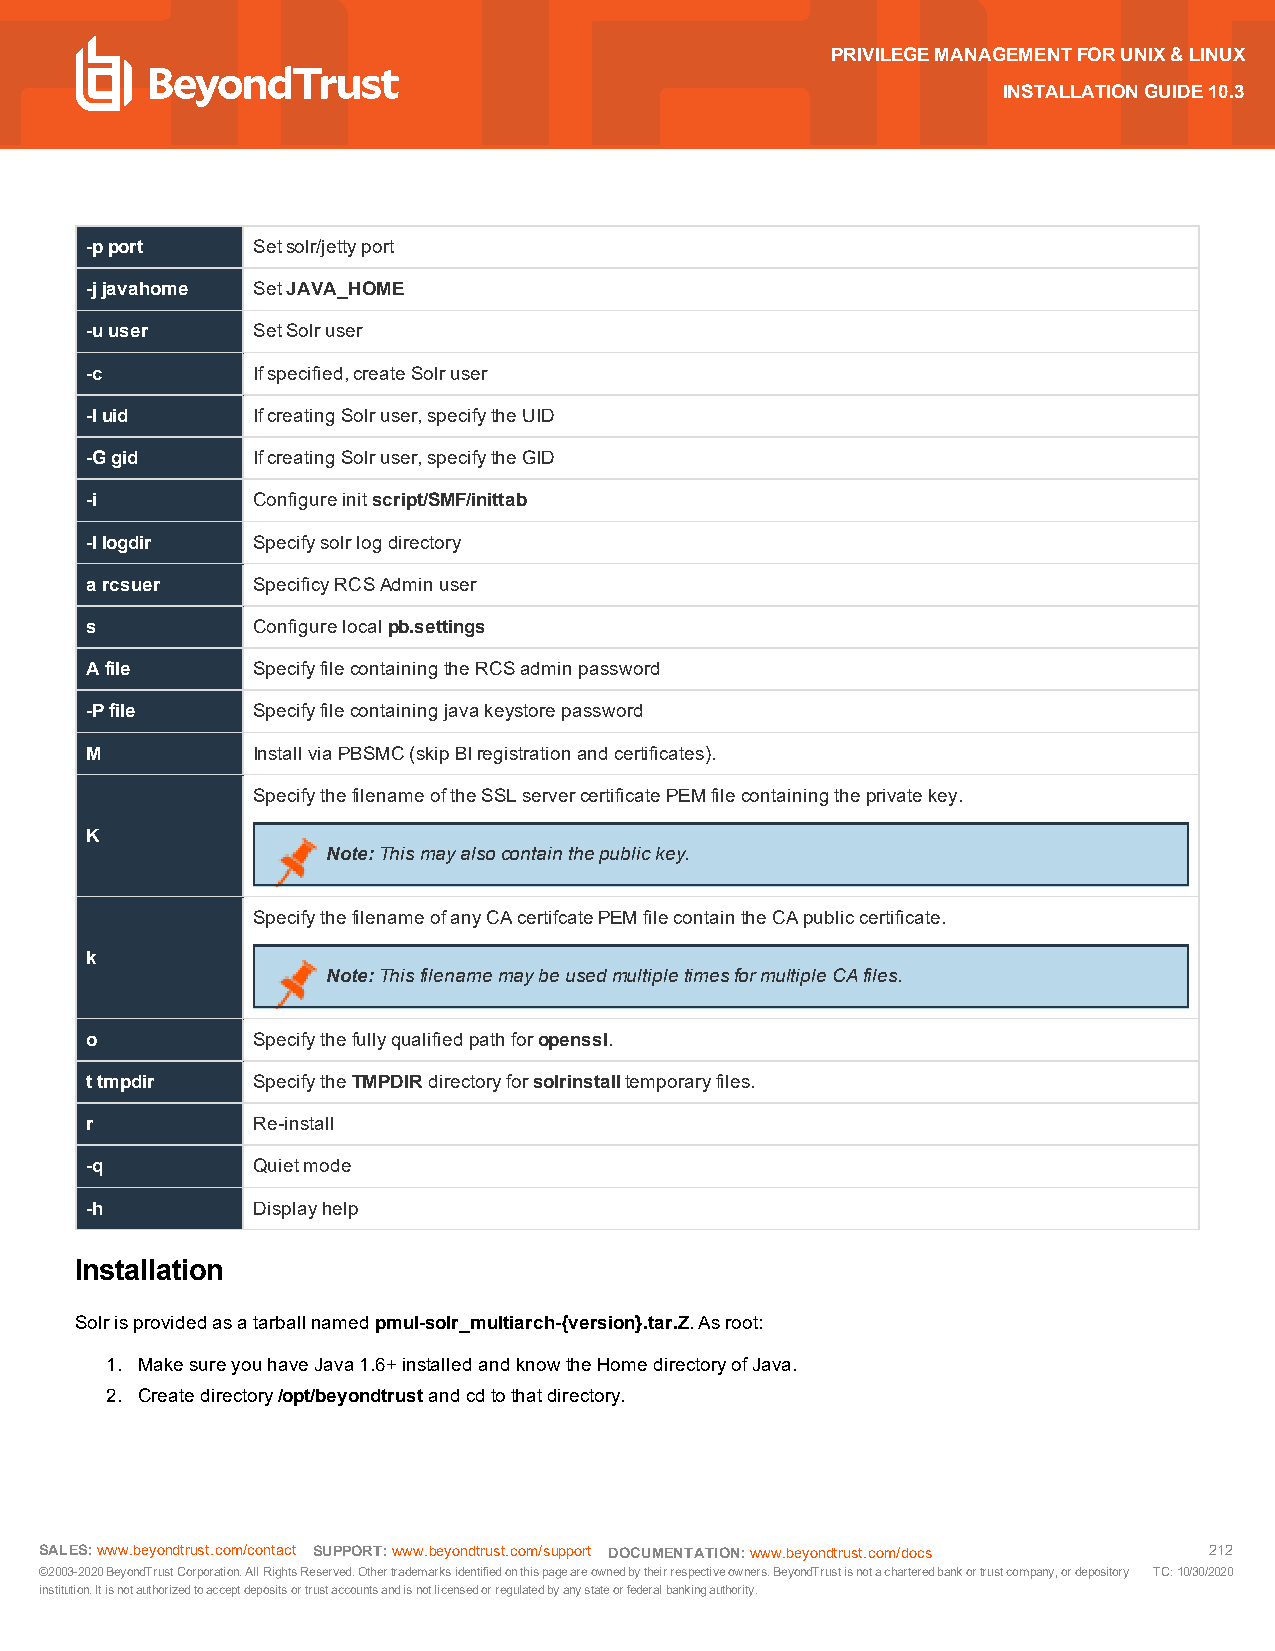
PRIVILEGEMANAGEMENTFORUNIX&LINUX
 INSTALLATIONGUIDE10.3
 -pport     Setsolr/jettyport
 -jjavahome SetJAVA_HOME
 -uuser     SetSolruser
 -c         Ifspecified,createSolruser
 -Iuid      IfcreatingSolruser,specifytheUID
 -Ggid      IfcreatingSolruser,specifytheGID
 -i         Configureinitscript/SMF/inittab
 -llogdir   Specifysolrlogdirectory
 arcsuer    SpecificyRCSAdminuser
 s          Configurelocalpb.settings
 Afile      SpecifyfilecontainingtheRCSadminpassword
 -Pfile     Specifyfilecontainingjavakeystorepassword
 M          InstallviaPBSMC(skipBIregistrationandcertificates).
 SpecifythefilenameoftheSSLservercertificatePEMfilecontainingtheprivatekey.
 K
 Note:Thismayalsocontainthepublickey.
 SpecifythefilenameofanyCAcertifcatePEM filecontaintheCApubliccertificate.
 k
 Note:ThisfilenamemaybeusedmultipletimesformultipleCAfiles.
 o          Specifythefullyqualifiedpathforopenssl.
 ttmpdir    SpecifytheTMPDIRdirectoryforsolrinstalltemporaryfiles.
 r          Re-install
 -q         Quietmode
 -h         Displayhelp
 Installation
 Solrisprovidedasatarballnamedpmul-solr_multiarch-{version}.tar.Z.Asroot:
 1. MakesureyouhaveJava1.6+installedandknowtheHomedirectoryofJava.
 2. Createdirectory/opt/beyondtrustandcdtothatdirectory.
 SALES:www.beyondtrust.com/contact SUPPORT:www.beyondtrust.com/support DOCUMENTATION:www.beyondtrust.com/docs 212
 ©2003-2020BeyondTrustCorporation.AllRightsReserved.Othertrademarksidentifiedonthispageareownedbytheirrespectiveowners.BeyondTrustisnotacharteredbankortrustcompany,ordepository TC:10/30/2020
 institution.Itisnotauthorizedtoacceptdepositsortrustaccountsandisnotlicensedorregulatedbyanystateorfederalbankingauthority.